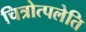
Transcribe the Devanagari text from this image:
चित्रोत्पलेति